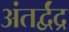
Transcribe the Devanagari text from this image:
अंतर्द्वंद्र